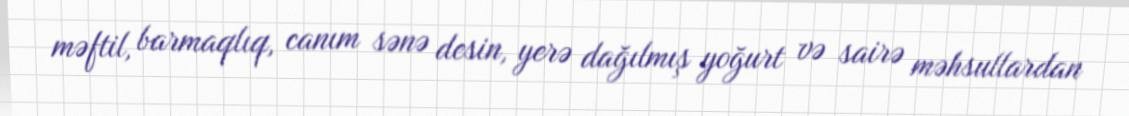
məftil, barmaqlıq, canım sənə desin, yerə dağılmış yoğurt və sairə məhsullardan